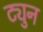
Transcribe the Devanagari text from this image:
ट्युन